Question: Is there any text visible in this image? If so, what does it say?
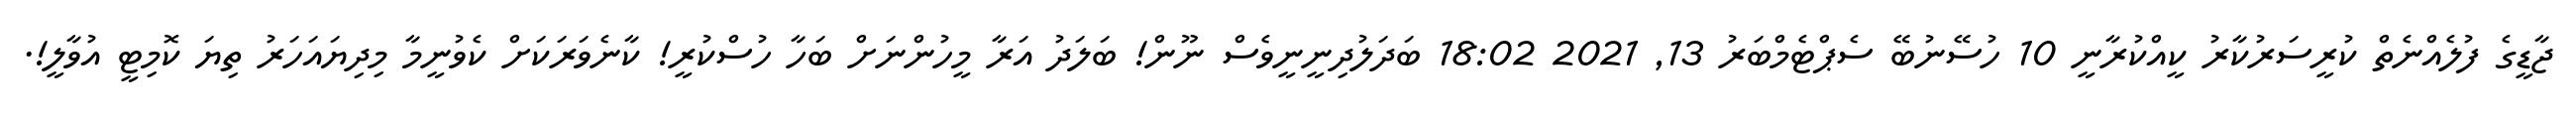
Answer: ޖާޑީގެ ފުލެއްނެތް ކުރީސަރުކާރު ކީއްކުރާނީ 10 ހުސޭނުބޭ ސެޕްޓެމްބަރު 13, 2021 18:02 ބަދަލުދިނީނީވެސް ނޫން! ބަލަދު އަރާ މީހުންނަށް ބަހާ ހުސްކުރީ! ކާނެވަރަކަށް ކެވުނީމާ މިދިޔައަހަރު ތިޔަ ކޮމިޓީ އުވާލީ!.